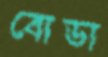
বোডা